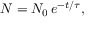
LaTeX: N = N _ { 0 } \, e ^ { - t / \tau } ,